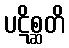
ပဋိစ္ဆတိ